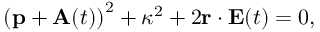
\begin{array} { r } { \left( \mathbf { p } + \mathbf { A } ( t ) \right) ^ { 2 } + \kappa ^ { 2 } + 2 \mathbf { r } \cdot \mathbf { E } ( t ) = 0 , } \end{array}